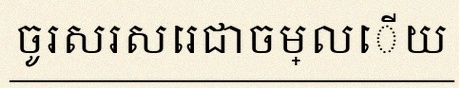
ចូរសរសេរជាចម្លើយ